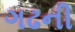
ગઢની